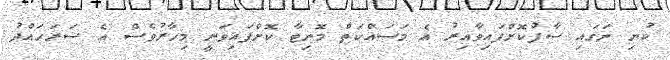
ކުނި ނަގައި ސާފުކޮށްފައިވާއިރު އެ މަސައްކަތް މޮނިޓާ ކޮށްފައިވަނީ މިހާރުވެސް އެ ސަރަހައްދު